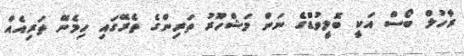
ރާހުލް ބޯސް އަކީ ބޮލީވުޑްގެ ނަން މަޝްހޫރު ތަރިންގެ ތެރޭގައި ހިމެނޭ ތަރިއެއް